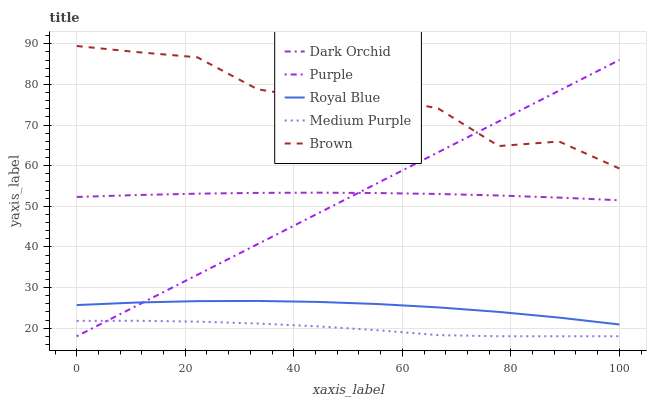
| xaxis_label | Dark Orchid | Purple | Royal Blue | Medium Purple | Brown |
 | --- | --- | --- | --- | --- | --- |
 | 0 | 52.3 | 18 | 25.7 | 21.8 | 89.4 |
 | 11.1 | 52.8 | 25.6 | 26.3 | 21.8 | 87.9 |
 | 22.2 | 53.1 | 33.1 | 26.6 | 21.6 | 86.7 |
 | 33.3 | 53.3 | 40.7 | 26.7 | 21.1 | 78.8 |
 | 44.4 | 53.3 | 48.2 | 26.5 | 20.4 | 76.5 |
 | 55.6 | 53.3 | 55.8 | 25.9 | 19.5 | 77.1 |
 | 66.7 | 53 | 63.3 | 25.1 | 18.3 | 74 |
 | 77.8 | 52.6 | 70.9 | 24 | 18 | 64.8 |
 | 88.9 | 52.1 | 78.4 | 22.6 | 18 | 65.9 |
 | 100 | 51.5 | 86 | 20.9 | 18 | 59.3 |